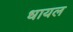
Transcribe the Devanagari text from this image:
धायल